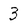
Character: 3